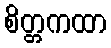
စိတ္တကထာ